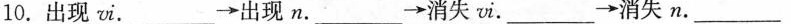
10.出现vi.___\rightarrow 出现n.___\rightarrow 消失vi.___\rightarrow 消失n.___